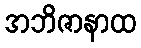
အဘိဇာနာထ